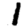
Digit: 1